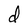
Character: d